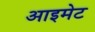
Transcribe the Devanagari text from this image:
आइमेट